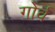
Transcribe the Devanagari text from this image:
गोर्व